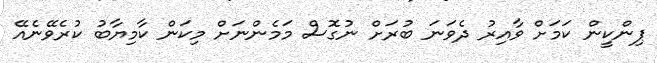
ޕިންކީން ކަަމަށް ވާއިރު ދެވަނަ ބުރަށް ނުގޮސް މަމެންނަށް މިކަން ކާމިޔާބު ކުރެވޭނެއޭ